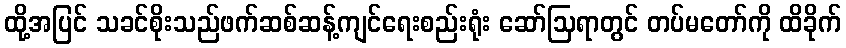
ထို့အပြင် သခင်စိုးသည်ဖက်ဆစ်ဆန့်ကျင်ရေးစည်းရုံး ဆော်ဩရာတွင် တပ်မတော်ကို ထိခိုက်